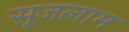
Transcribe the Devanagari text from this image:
सूजलाम